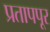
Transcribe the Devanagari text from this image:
प्रतापपूर